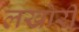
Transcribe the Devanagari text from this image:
लखोरी